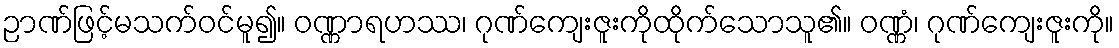
ဉာဏ်ဖြင့်မသက်ဝင်မူ၍။ ဝဏ္ဏာရဟဿ၊ ဂုဏ်ကျေးဇူးကိုထိုက်သောသူ၏။ ဝဏ္ဏံ၊ ဂုဏ်ကျေးဇူးကို။